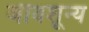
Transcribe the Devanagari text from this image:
जीवशून्य